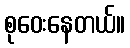
စုဝေးနေတယ်။